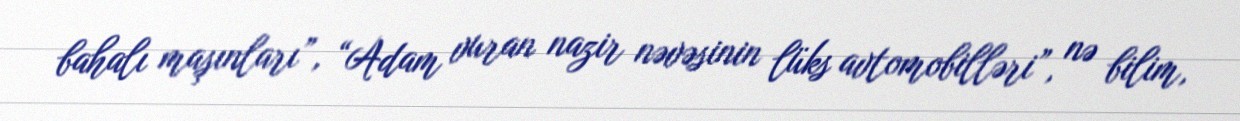
bahalı maşınları”, “Adam vuran nazir nəvəsinin lüks avtomobilləri”, nə bilim,